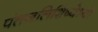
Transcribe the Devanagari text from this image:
पंतजलिशिष्येभ्यो